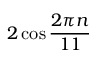
2 \cos { \frac { 2 \pi n } { 1 1 } }